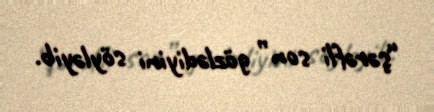
“şərəfli son” gözlədiyini söyləyib.